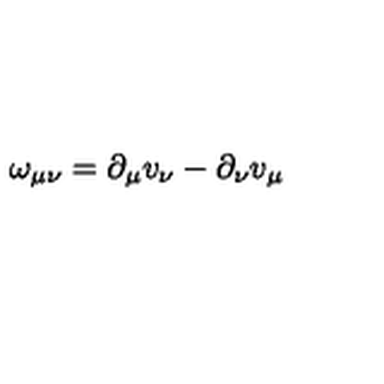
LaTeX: \omega _ { \mu \nu } = \partial _ { \mu } v _ { \nu } - \partial _ { \nu } v _ { \mu }